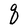
Character: q